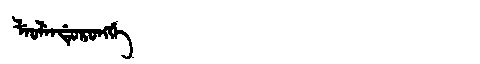
Manchu: ᠯᡝᠣᠯᡝᠨᡩᡠᡵᠣᠩᡤᡝ
Romanization: LEOLENDURONGGE